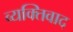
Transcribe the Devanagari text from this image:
व्‍यक्तिवाद